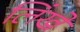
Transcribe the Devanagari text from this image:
लिंखें